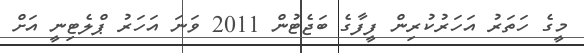
މީގެ ހަތަރު އަހަރުކުރިން ފީފާގެ ބަޖެޓުން 2011 ވަނަ އަހަރު ޕްލެޓިނީ އަށް